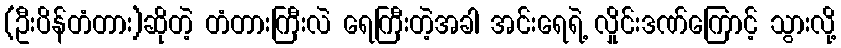
(ဦးပိန်တံတား)ဆိုတဲ့ တံတားကြီးလဲ ရေကြီးတဲ့အခါ အင်းရေရဲ့ လှိုင်းဒဏ်ကြောင့် သွားလို့